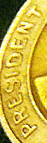
PRESIDENT